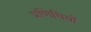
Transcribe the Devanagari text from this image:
प्रणिधियों